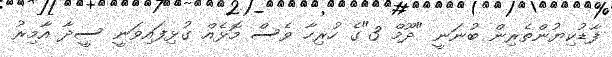
ފާޑުކިޔުންތެރިން ބުނަނީ "ދޫމް 3"ގެ ހުރިހާ ވެސް މޮޅެއް ގުޅިފައިވަނީ ސީދާ އާމިރު